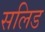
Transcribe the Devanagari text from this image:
सलिड